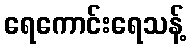
ရေကောင်းရေသန့်